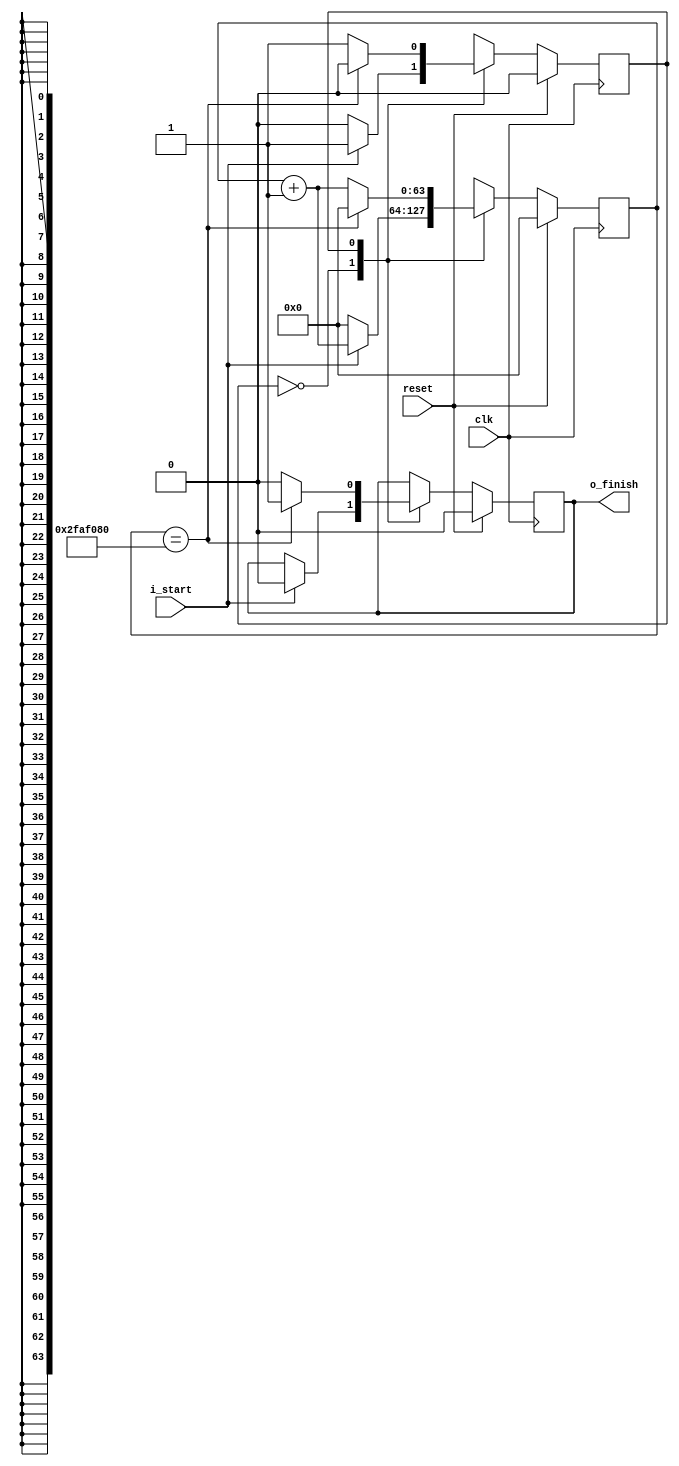

module custom_acc_top(
   input clk,
   input reset,
	
	//input [7:0] i_controle,
	//output [7:0] o_controle
	
	input i_start,
	output o_finish
	);

	parameter NUM_CICLOS = 50000000;

	reg r_estado;
	reg [63:0] r_contador;
	
	wire w_start;
	reg r_finish;
	
	assign w_start = i_start;
	assign o_finish = r_finish;
	
	always@(posedge clk)
	begin
		if(reset)
		begin
			r_estado <= 0;
			r_contador <= 0;
			r_finish <= 0;
		end
		else
		begin
			case (r_estado)
				0:
				begin
					if(w_start == 1) begin
						r_estado <= 1;
						r_contador <= (r_contador + 1);
						r_finish <= 0;
					end
					else begin
						r_estado <= 0;
						r_contador <= 0;
					end
				end
				
				1:
				begin
					if(r_contador == NUM_CICLOS) begin
						r_estado <= 0;
						r_contador <= 0;
						r_finish <= 1;
					end
					else begin
						r_estado <= 1;
						r_contador <= (r_contador + 1);
						r_finish <= 0;
					end
				end
				
				//default:
				//begin
				//end
			endcase
		end
		
	end

endmodule